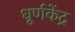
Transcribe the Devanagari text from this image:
धूर्णकेंद्र